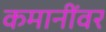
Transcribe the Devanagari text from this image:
कमानींवर